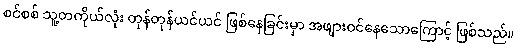
စင်စစ် သူ့တကိုယ်လုံး တုန်တုန်ယင်ယင် ဖြစ်နေခြင်းမှာ အဖျားဝင်နေသောကြောင့် ဖြစ်သည်။